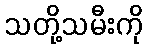
သတို့သမီးကို